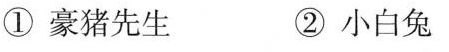
① 豪猪先生 ②小白兔